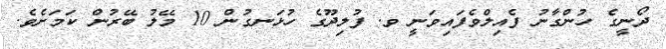
ދޯނީގެ ހުންގާނު ފެއިލްވެފައިވަނީ ވ. ފުލިދޫގެ ހުޅަނގުން 10 މޭލު ބޭރުން ކަމަށެވެ.